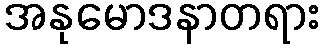
အနုမောဒနာတရား